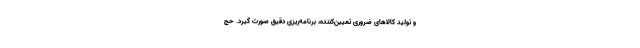
و تولید کالاهای ضروری تعیین‌کننده، برنامه‌ریزی دقیق صورت گیرد. حج